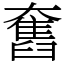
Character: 𡚒